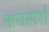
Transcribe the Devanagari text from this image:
तालस्पर्श